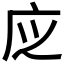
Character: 𢇭